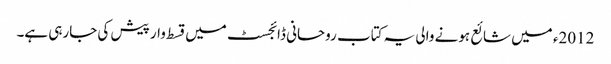
2012ء میں شائع ہونے والی یہ کتاب روحانی ڈائجسٹ میں قسط وار پیش کی جارہی ہے۔